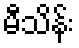
မီသိန်း